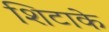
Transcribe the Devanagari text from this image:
शिटाके